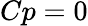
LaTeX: Cp=0